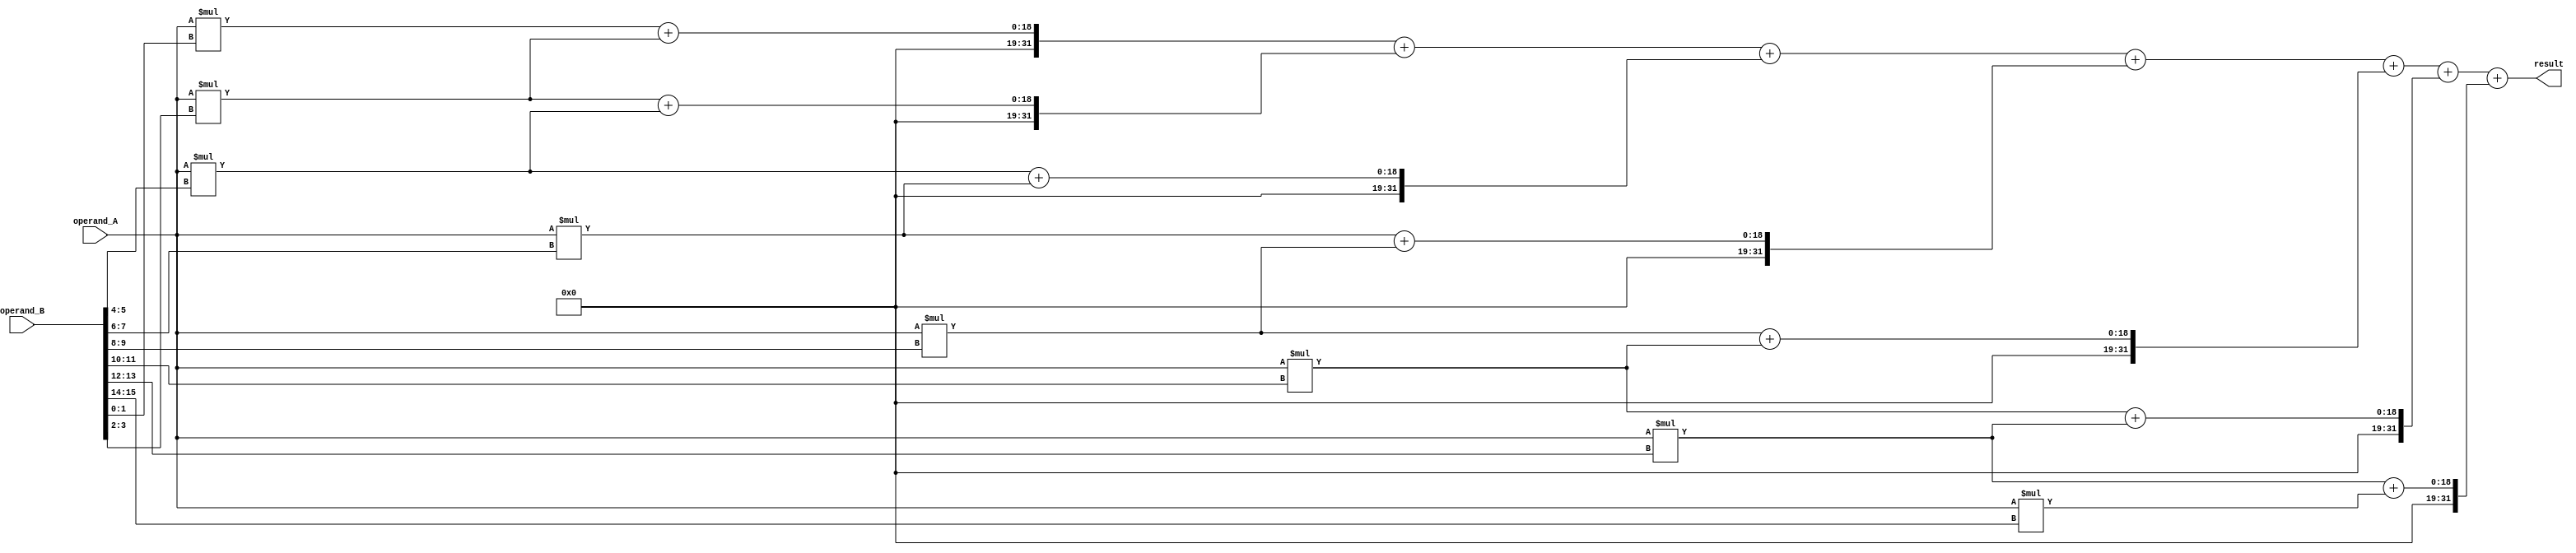
module dadda_multiplier (
    input [15:0] operand_A,
    input [15:0] operand_B,
    output [31:0] result
);

// Define multiplier array
wire [31:0] partial_products [7:0];
genvar i;
generate
    for (i=0; i<8; i=i+1) begin : MULTIPLIER_ARRAY
        assign partial_products[i] = operand_A * operand_B[i*2:2*i+1];
    end
endgenerate

// Perform vertical addition using tree structure
wire [31:0] vertical_addition [6:0];
generate
    for (i=0; i<7; i=i+1) begin : VERTICAL_ADDITION
        assign vertical_addition[i] = partial_products[i] + partial_products[i+1];    
    end
endgenerate

// Perform addition reduction using compression tree
wire [31:0] result_sum;
assign result_sum = vertical_addition[0] + vertical_addition[1] + vertical_addition[2] + vertical_addition[3] + vertical_addition[4] + vertical_addition[5] + vertical_addition[6];

assign result = result_sum;

endmodule